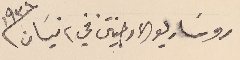
روسَاريو الارجنتين في ٢ نيسان /١٩٣٤